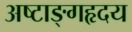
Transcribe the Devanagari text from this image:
अष्टाङ्गहृदय